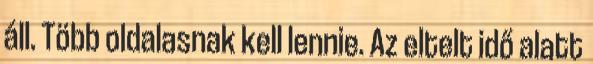
áll. Több oldalasnak kell lennie. Az eltelt idő alatt